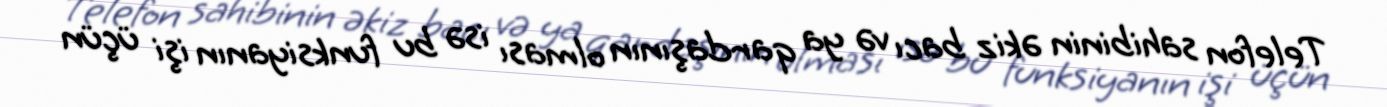
Telefon sahibinin əkiz bacı və ya qardaşının olması isə bu funksiyanın işi üçün